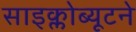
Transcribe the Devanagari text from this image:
साइक्लोब्यूटने